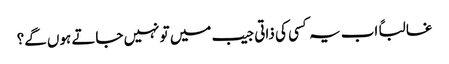
غالباً اب یہ کسی کی ذاتی جیب میں تو نہیں جاتے ہوں گے؟